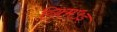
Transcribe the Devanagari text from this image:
व्क़्मि५इ